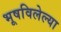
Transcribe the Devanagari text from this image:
भूषविलेल्‍या